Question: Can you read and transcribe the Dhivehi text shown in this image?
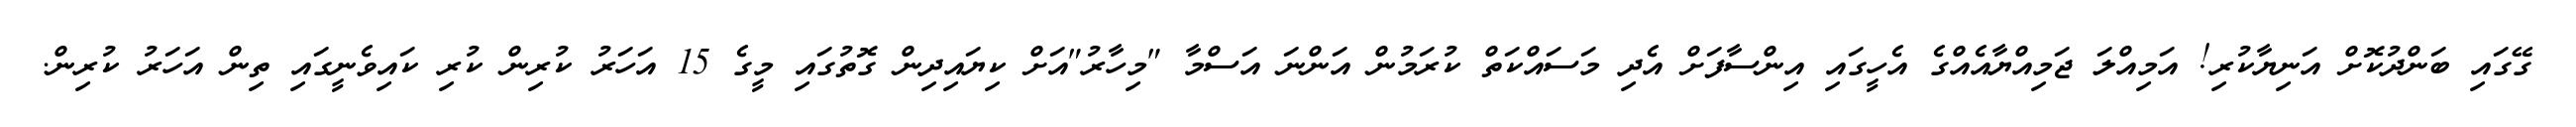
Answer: ގޭގައި ބަންދުކޮށް އަނިޔާކުރި! އަމިއްލަ ޖަމިއްޔާއެއްގެ އެހީގައި އިންސާފަށް އެދި މަސައްކަތް ކުރަމުން އަންނަ އަސްމާ "މިހާރު"އަށް ކިޔައިދިން ގޮތުގައި މީގެ 15 އަހަރު ކުރިން ކުރި ކައިވެނީގައި ތިން އަހަރު ކުރިން.